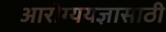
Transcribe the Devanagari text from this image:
आरोग्ययज्ञासाठी